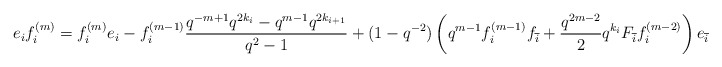
\begin{align*}e_if_i^{(m)} = f_i^{(m)}e_i - f_i^{(m-1)}\frac{q^{-m+1}q^{2k_i}-q^{m-1}q^{2k_{i+1}}}{q^2-1} + (1-q^{-2})\left(q^{m-1}f_{i}^{(m-1)} f_{\overline{i}}+ \frac{q^{2m-2}}{2}q^{k_i}F_{\overline{i}}f_i^{(m-2)}\right)e_{\overline{i}},\end{align*}